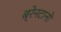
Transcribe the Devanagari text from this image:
ब्रेनटानो